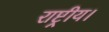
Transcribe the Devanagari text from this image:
राष्ट्रीय।